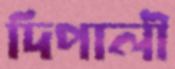
দিপালী